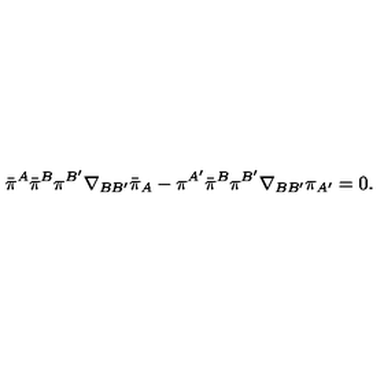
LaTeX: \bar { \pi } { } ^ { A } \bar { \pi } ^ { B } \pi ^ { B ^ { \prime } } \nabla _ { B B ^ { \prime } } \bar { \pi } _ { A } - \pi ^ { A ^ { \prime } } \bar { \pi } ^ { B } \pi ^ { B ^ { \prime } } \nabla _ { B B ^ { \prime } } \pi _ { A ^ { \prime } } = 0 .